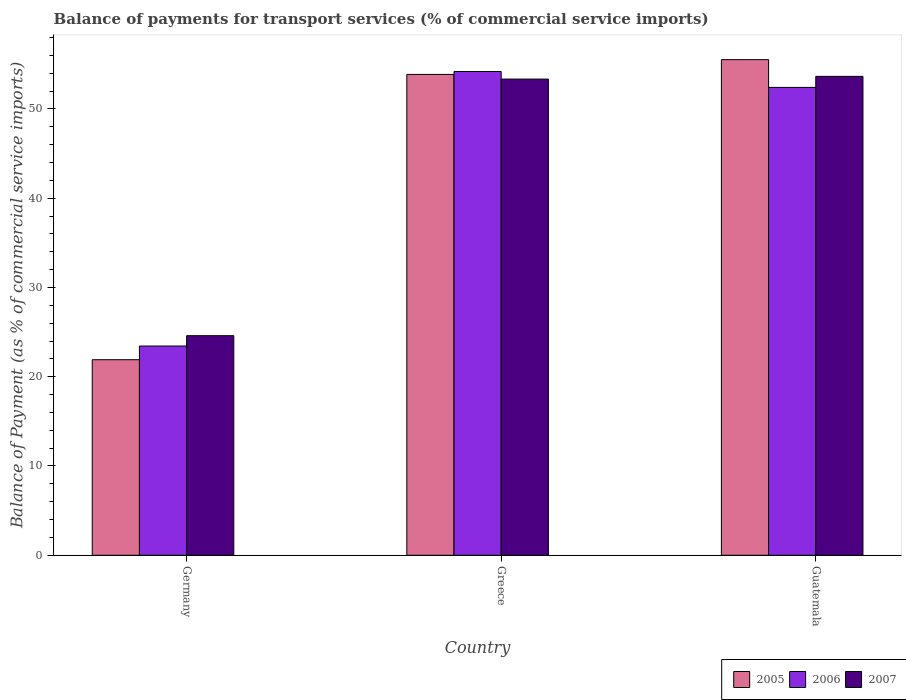
| Country | 2005 | 2006 | 2007 |
 | --- | --- | --- | --- |
 | Germany | 21.9 | 23.4 | 24.6 |
 | Greece | 53.9 | 54.2 | 53.3 |
 | Guatemala | 55.5 | 52.4 | 53.6 |